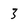
Character: 3